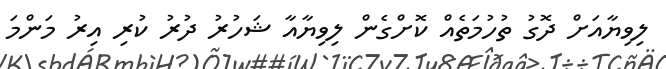
ލިވިޔާއަށް ދޮގު ތުހުމަތެއް ކޮށްގެން ލިވިޔާއާ ޝަހުރު ދުރު ކުރި އިރު މަންމަ